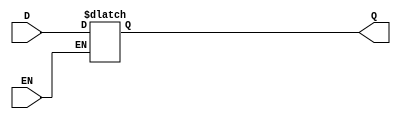
module transparent_latch (
    input D,
    input EN,
    output reg Q
);

always @(D or EN) begin
    if (EN) begin
        Q <= D;
    end
end

endmodule